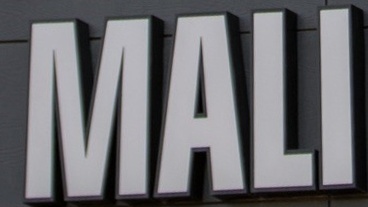
MALI